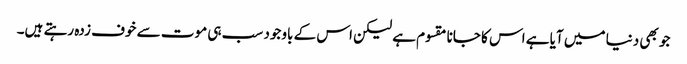
جو بھی دنیا میں آیا ہے اس کا جانا مقسوم ہے لیکن اس کے باوجود سب ہی موت سے خوف زدہ رہتے ہیں۔